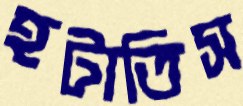
হটাতিস